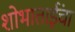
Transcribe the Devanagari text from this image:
शोभाताईंचा